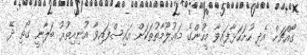
ގޯއްޗަށް އެދި ހުށަހަޅާފައިވާ މީހުންގެ މަޢުލޫމާތުތަކަށް އައިސްފައިވާ އުނިއިތުރު ބަލާނީ ގޯތި ދޭ